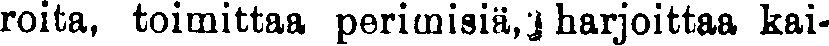
raita, toimittaa perimisiä, harjoittaa kai-